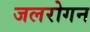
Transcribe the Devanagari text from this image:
जलरोगन